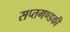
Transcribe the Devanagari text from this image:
सप्तगण्डकी